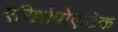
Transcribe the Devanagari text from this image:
एरिथ्रोपोएटिक